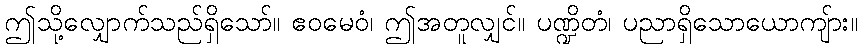
ဤသို့လျှောက်သည်ရှိသော်။ ဧဝမေဝံ၊ ဤအတူလျှင်။ ပဏ္ဍိတံ၊ ပညာရှိသောယောကျ်ား။